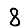
Digit: 8